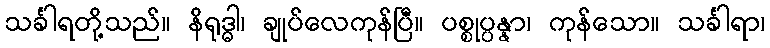
သင်္ခါရတို့သည်။ နိရုဒ္ဓါ၊ ချုပ်လေကုန်ပြီ။ ပစ္စုပ္ပန္နာ၊ ကုန်သော။ သင်္ခါရာ၊